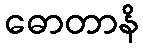
ဓောတာနိ